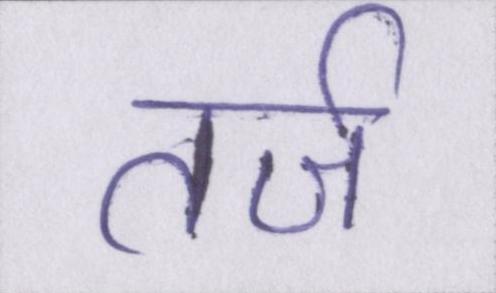
तर्ज